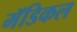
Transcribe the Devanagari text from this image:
मॅडिकल